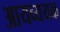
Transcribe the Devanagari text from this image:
आयव्ययक